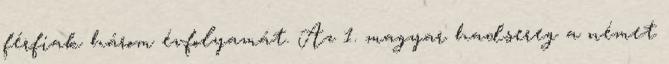
férfiak három évfolyamát. Az 1. magyar hadsereg a német